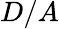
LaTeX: D/A